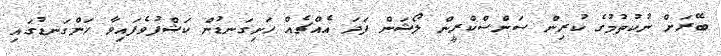
ބޭރަށް ނުކުތުމުގެ ކުރިން ސަންސްކްރީން ލޯޝަން ފަދަ އެއްޗެއް ހަށިގަނޑުން ކަޝްފުވެފައިވާ ހަންގަނޑުގައި